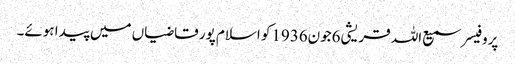
پروفیسر سمیع اللہ قریشی6جون1936کو اسلام پور قاضیاں میں پیدا ہوئے۔